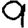
Digit: 9